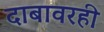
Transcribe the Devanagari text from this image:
दाबावरही